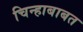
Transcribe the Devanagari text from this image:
चिन्हाबाबत